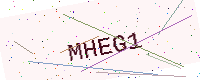
Text: MHEG1